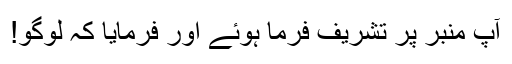
آپؐ منبر پر تشریف فرما ہوئے اور فرمایا کہ لوگو!